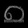
Digit: ၈